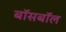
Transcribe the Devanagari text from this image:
बॉसबॉल